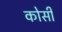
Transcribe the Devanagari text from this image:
काेसी